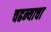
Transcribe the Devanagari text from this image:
चढन्याचा